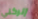
إتركني